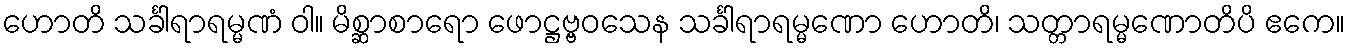
ဟောတိ သင်္ခါရာရမ္မဏံ ဝါ။ မိစ္ဆာစာရော ဖောဋ္ဌဗ္ဗဝသေန သင်္ခါရာရမ္မဏော ဟောတိ၊ သတ္တာရမ္မဏောတိပိ ဧကေ။